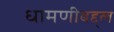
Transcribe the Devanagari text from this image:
धामणीबद्द्ल